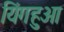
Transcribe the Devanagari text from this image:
यिंगहुआ